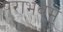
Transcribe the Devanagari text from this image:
पराभवम्‌